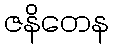
ဇနိတေန